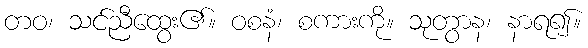
တဝ၊ သင်ညီထွေး၏။ ဝစနံ၊ စကားကို။ သုတွာန၊ နာရ၍။